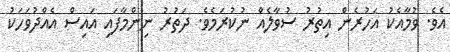
އެވެ. ވުމާއެކު އަހުރެން އިތުރު ސުވާލެއް ނުކުރަމެވެ. ދަތުރު ނިންމާފައި އައިސް އެއްދުވަހަކު